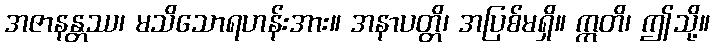
အဇာနန္တဿ၊ မသိသောရဟန်းအား။ အနာပတ္တိ၊ အပြစ်မရှိ။ ဣတိ၊ ဤသို့။